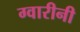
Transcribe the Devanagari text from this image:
ग्वारीनी